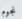
نجوم